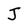
Character: J